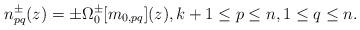
LaTeX: \begin{align*}n_{pq}^{\pm}(z) = \pm \Omega^{\pm}_{0}[m_{0,pq}](z),k + 1 \leq p \leq n, 1 \leq q \leq n.\end{align*}